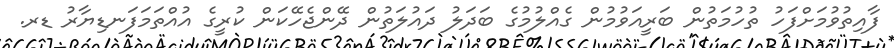
ފާއިތުވުމަށްފަހު ތުހުމަތުން ބަރީއަވުމުން ގެއްލުމުގެ ބަދަލު ދައުލަތުން ދޭންޖެހޭކަން ކުރީގެ އުއްތަމަފަނޑިޔާރު ޑރ.